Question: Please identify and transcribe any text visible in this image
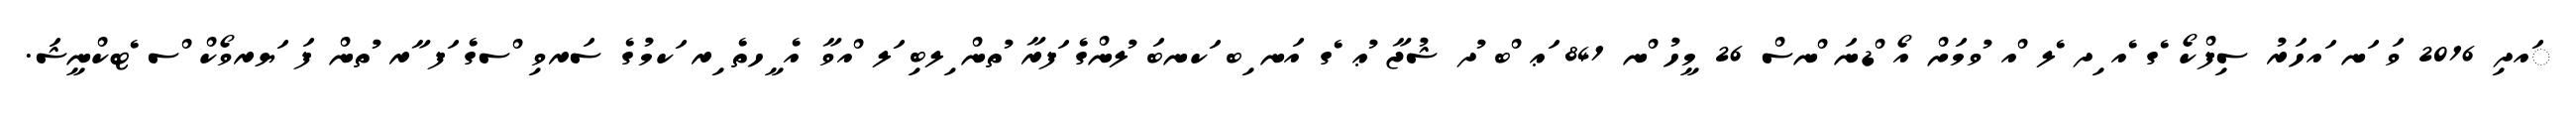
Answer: ައދި 2016 ވަ ަނ ައހަރު ސިފްކޯ ެގ ެއ ިދ ެލ ްއ ުވމަށް އޯ ްޑނަ ްނސް 26 މީހު ްނ 841 ަޢ ްބ ުދ ޝުޖާ ުޢ ެގ އަނ ިބ ަކނބަ ުލންގެ ަފރާ ުތން ިލބި ަލ ްއވާ އެ ީހތެ ިރ ަކމުގެ ސަރވި ްސގެ ަފ ާރ ުތން ފަ ަޔރވޯކް ްސ ެޓކްނީޝަ.